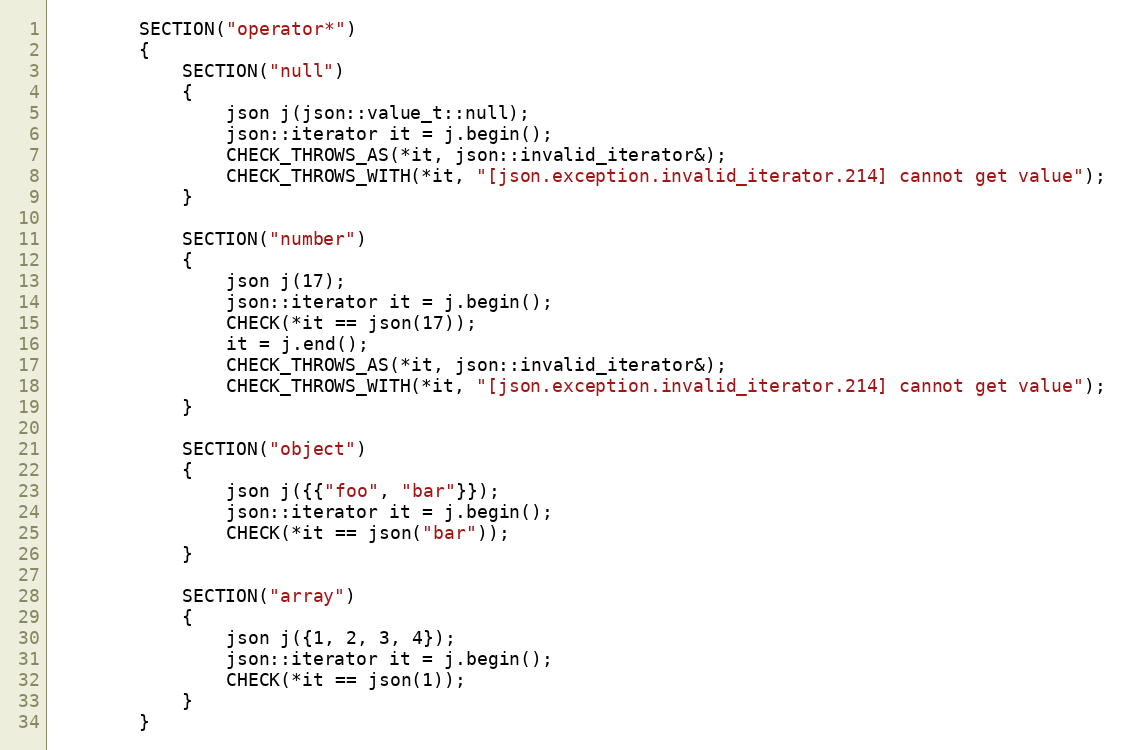
Language: C++
        SECTION("operator*")
        {
            SECTION("null")
            {
                json j(json::value_t::null);
                json::iterator it = j.begin();
                CHECK_THROWS_AS(*it, json::invalid_iterator&);
                CHECK_THROWS_WITH(*it, "[json.exception.invalid_iterator.214] cannot get value");
            }

            SECTION("number")
            {
                json j(17);
                json::iterator it = j.begin();
                CHECK(*it == json(17));
                it = j.end();
                CHECK_THROWS_AS(*it, json::invalid_iterator&);
                CHECK_THROWS_WITH(*it, "[json.exception.invalid_iterator.214] cannot get value");
            }

            SECTION("object")
            {
                json j({{"foo", "bar"}});
                json::iterator it = j.begin();
                CHECK(*it == json("bar"));
            }

            SECTION("array")
            {
                json j({1, 2, 3, 4});
                json::iterator it = j.begin();
                CHECK(*it == json(1));
            }
        }